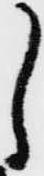
し